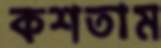
কশতাম